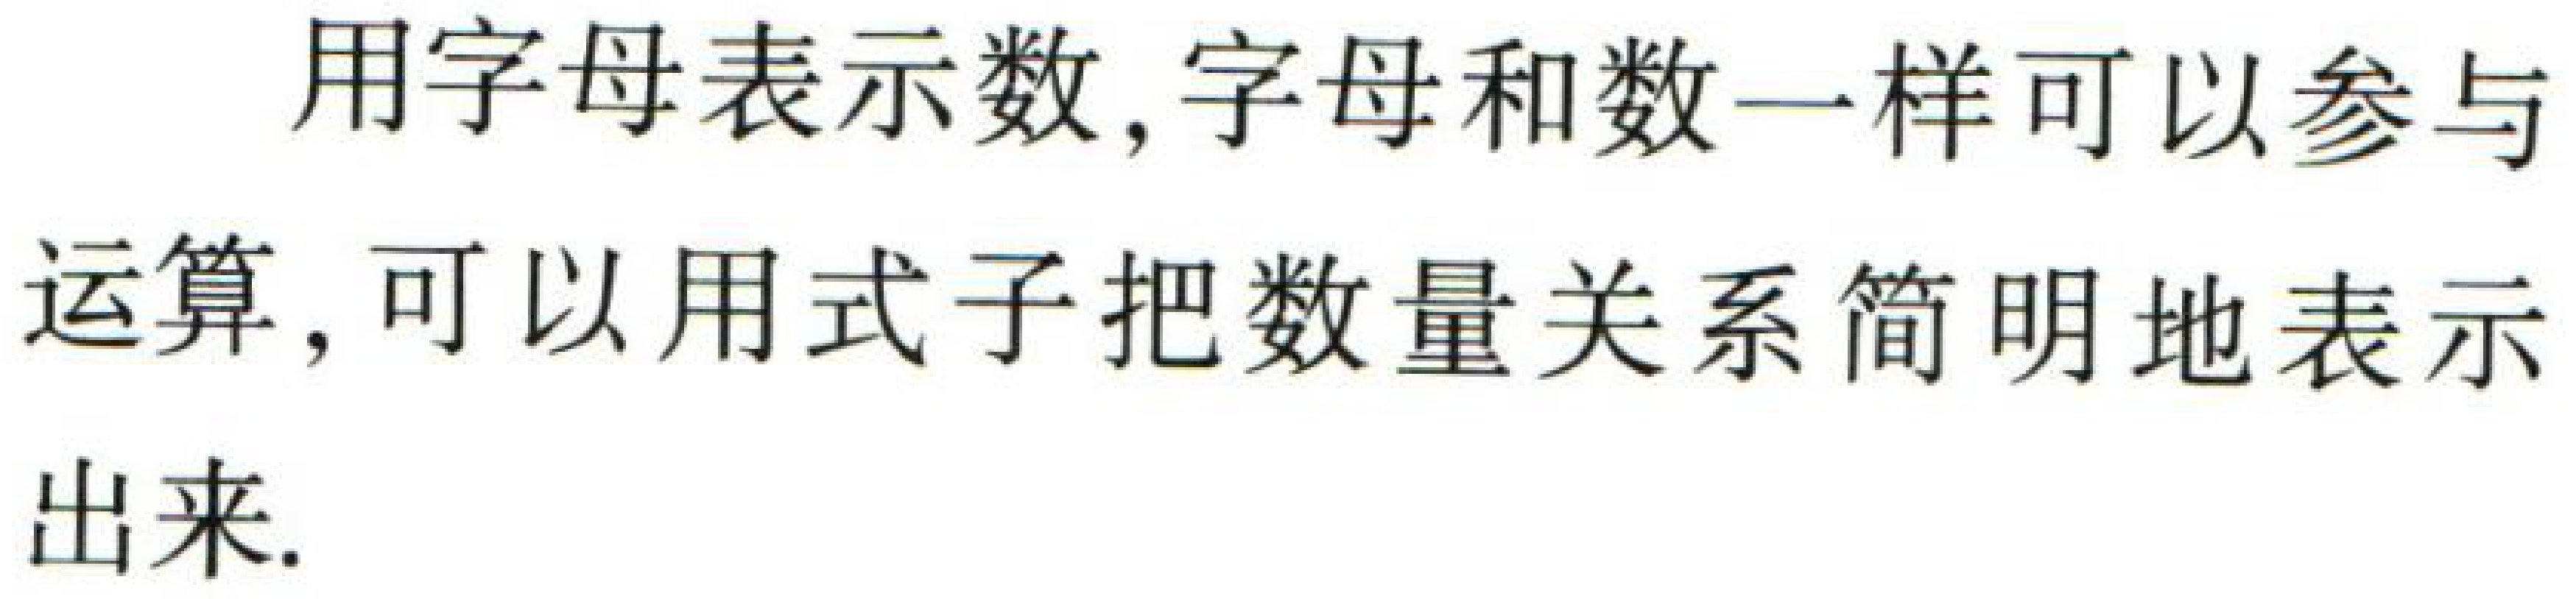
用字母表示数, 字母和数一样可以参与运算, 可以用式子把数量关系简明地表示出来.